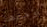
وجدها